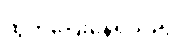
ထွက်ပြေးနေရသည့်